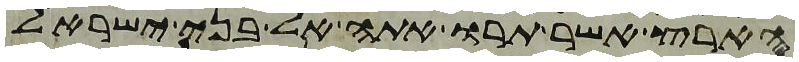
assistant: הארץ אשר תרו אתה אל בני ישראל